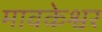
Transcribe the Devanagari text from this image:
मावकेश्वर